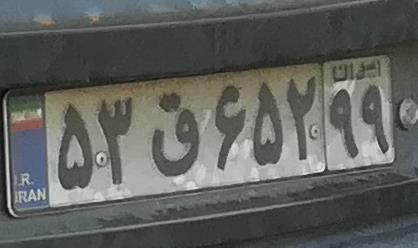
۵۳ق۶۵۲۹۹